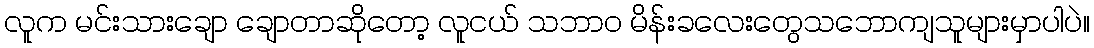
လူက မင်းသားချော ချောတာဆိုတော့ လူငယ် သဘာဝ မိန်းခလေးတွေသဘောကျသူများမှာပါပဲ။